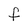
Character: F